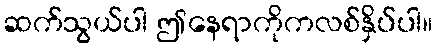
ဆက်သွယ်ပါ ဤနေရာကိုကလစ်နှိပ်ပါ။